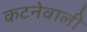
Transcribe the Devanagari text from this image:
कटनेवाली